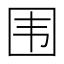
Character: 围